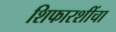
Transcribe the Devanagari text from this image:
शिफारशींचा